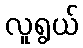
လူရွယ်